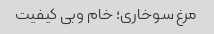
مرغ سوخاری؛ خام وبی کیفیت